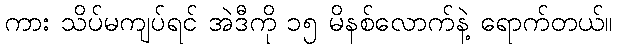
ကား သိပ်မကျပ်ရင် အဲဒီကို ၁၅ မိနစ်လောက်နဲ့ ရောက်တယ်။